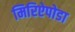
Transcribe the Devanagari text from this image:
मिरिऐपोडा